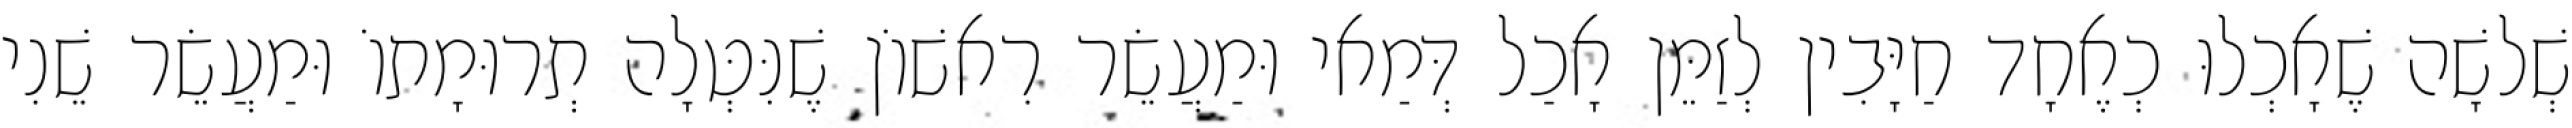
שְׁלשָׁה שֶׁאָכְלוּ כְאֶחָד חַיָּבִין לְזַמֵּן אָכַל דְּמַאי וּמַעֲשֵׂר רִאשׁוֹן שֶׁנִּטְּלָה תְרוּמָתוֹ וּמַעֲשֵׂר שֵׁנִי